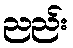
ညည်း